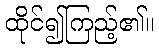
ထိုင်၍ကြည့်၏။